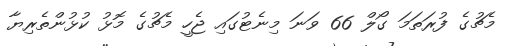
މެޗުގެ ފުރަތަމަ ގޯލް 66 ވަނަ މިނެޓުގައި ޖެހީ މެޗުގެ މޮޅު ކުޅުންތެރިޔާ